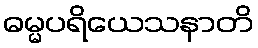
ဓမ္မပရိယေသနာတိ